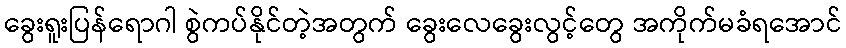
ခွေးရူးပြန်ရောဂါ စွဲကပ်နိုင်တဲ့အတွက် ခွေးလေခွေးလွင့်တွေ အကိုက်မခံရအောင်